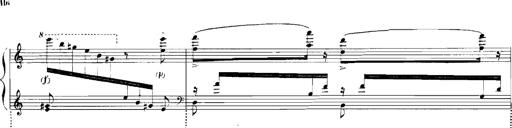
Title: Rhapsodies hongroises
Composer: Franz Liszt